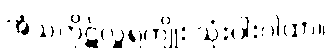
အံသကိုဋ်လှူရကျိုး သုံးပါးဂါထာ။